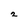
Character: 2